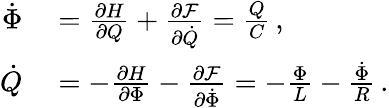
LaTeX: \begin{array}{rl}{\dot{\Phi}}&{{}=\frac{\partial H}{\partial Q}+\frac{\partial\mathcal{F}}{\partial\dot{Q}}=\frac{Q}{C}\, ,}\\ {\dot{Q}}&{{}=-\frac{\partial H}{\partial\Phi}-\frac{\partial\mathcal{F}}{\partial\dot{\Phi}}=-\frac{\Phi}{L}-\frac{\dot{\Phi}}{R}\, .}\end{array}